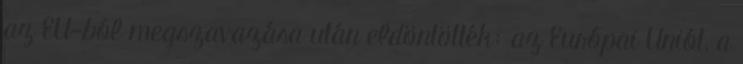
az EU-ból megszavazása után eldöntötték: az Európai Uniót, a